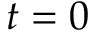
t = 0